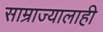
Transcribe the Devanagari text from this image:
साम्राज्यालाही